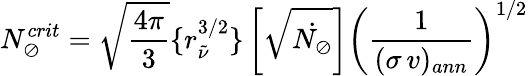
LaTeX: N_{\oslash}^{crit}=\sqrt{\frac{4\pi}{3}}\{ r_{\tilde{\nu}}^{3/2}\} \left[\sqrt{\dot{N_{\oslash}}}\right]\left(\frac{1}{(\sigma\, v)_{ann}}\right)^{1/2}